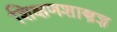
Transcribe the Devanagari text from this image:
शिक्षणशास्त्रज्ञ